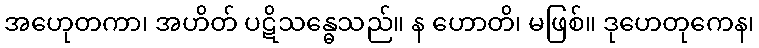
အဟေုတကာ၊ အဟိတ် ပဋိသန္ဓေသည်။ န ဟောတိ၊ မဖြစ်။ ဒုဟေတုကေန၊